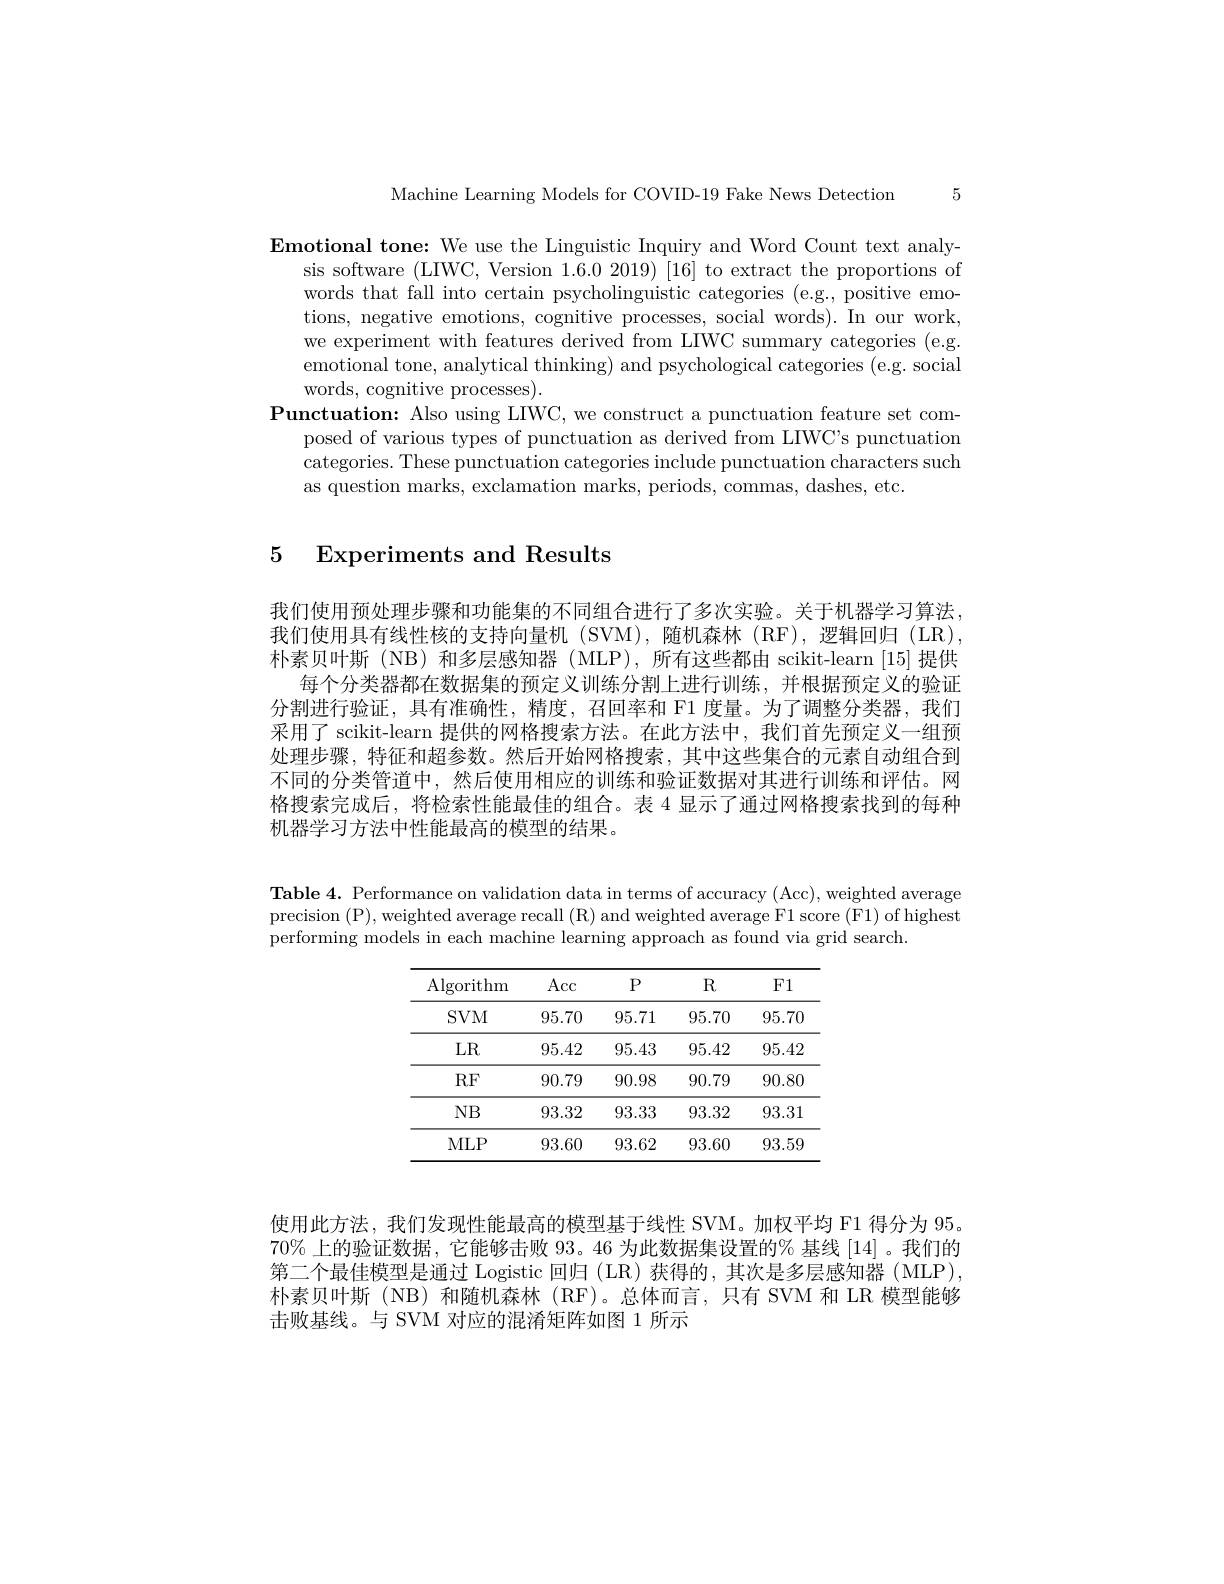
5

Machine Learning Models for COVID-19 Fake News Detection

Emotional tone: We use the Linguistic Inquiry and Word Count text analy-
sis software (LIWC, Version 1.6.0 2019) [16] to extract the proportions of words that fall into certain psycholinguistic categories (e.g., positive emotions, negative emotions, cognitive processes, social words). In our work, we experiment with features derived from LIWC summary categories (e.g. emotional tone, analytical thinking) and psychological categories (e.g. social words, cognitive processes).
$\textbf{Punctuation: Also using LIWC, we construct a punctuation feature set com- }$
posed of various types of punctuation as derived from LIWC's punctuation categories. These punctuation categories include punctuation characters such as question marks, exclamation marks, periods, commas, dashes, etc.

# 5 Experiments and Results

我们使用预处理步骤和功能集的不同组合进行了多次实验。关于机器学习算法， 我们使用具有线性核的支持向量机 (SVM), 随机森林 (RF), 逻辑回归 (LR), 朴素贝叶斯(NB)和多层感知器(MLP),所有这些都由 scikit-learn[15]提供
每个分类器都在数据集的预定义训练分割上进行训练，并根据预定义的验证分割进行验证，具有准确性，精度，召回率和 F1 度量。为了调整分类器，我们采用了 scikit-learn 提供的网格搜索方法。在此方法中，我们首先预定义一组预处理步骤，特征和超参数。然后开始网格搜索，其中这些集合的元素自动组合到不同的分类管道中，然后使用相应的训练和验证数据对其进行训练和评估。网格搜索完成后，将检索性能最佳的组合。表 4 显示了通过网格搜索找到的每种机器学习方法中性能最高的模型的结果。

Table 4. Performance on validation data in terms of accuracy (Acc), weighted average precision (P), weighted average recall (R) and weighted average F1 score (F1) of highest performing models in each machine learning approach as found via grid search.

<table>
	<tbody>
		<tr>
			<th>$\operatorname{Algorithm}$</th>
			<th>$\operatorname{Acc}$</th>
			<th>$P$</th>
			<th>$R$</th>
			<th>F1</th>
		</tr>
		<tr>
			<td>$SVM$</td>
			<td>95.70</td>
			<td>95.71</td>
			<td>95.70</td>
			<td>95.7C</td>
		</tr>
		<tr>
			<td>$LR$</td>
			<td>95.42</td>
			<td>95.43</td>
			<td>95.42</td>
			<td>95.42</td>
		</tr>
		<tr>
			<td>$RF$</td>
			<td>90.79</td>
			<td>90.98</td>
			<td>90.79</td>
			<td>90.8C</td>
		</tr>
		<tr>
			<td>$NB$</td>
			<td>93.32</td>
			<td>93.33</td>
			<td>93.32</td>
			<td>93.31</td>
		</tr>
		<tr>
			<td>MLP</td>
			<td>93.60</td>
			<td>93.62</td>
			<td>93.60</td>
			<td>93.59</td>
		</tr>
	</tbody>
</table>

使用此方法，我们发现性能最高的模型基于线性 SVM。加权平均 F1 得分为 95 $70\%$上的验证数据，它能够击败 93。46 为此数据集设置的% 基线 [14]。我们的第二个最佳模型是通过 Logistic 回归 (LR) 获得的，其次是多层感知器 (MLP), 朴素贝叶斯(NB)和随机森林(RF)。总体而言，只有 SVM 和 LR 模型能够击败基线。与 SVM 对应的混淆矩阵如图 1 所示